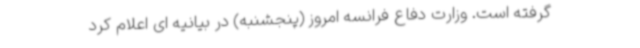
گرفته است. وزارت دفاع فرانسه امروز (پنجشنبه) در بیانیه ای اعلام کرد